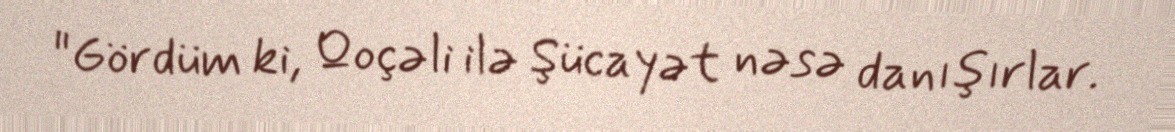
"Gördüm ki, Qoçəli ilə Şücayət nəsə danışırlar.